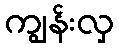
ကျွန်းလှ